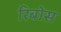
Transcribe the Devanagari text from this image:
रिबोस